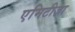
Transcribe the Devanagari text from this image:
एमिटीज़ा